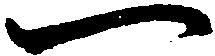
一